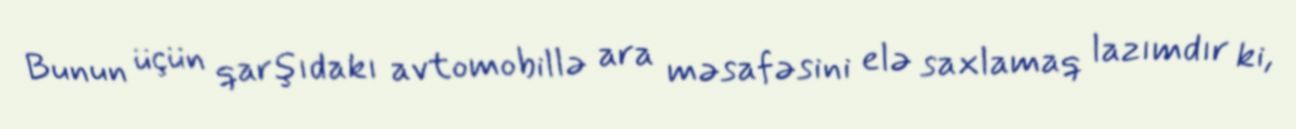
Bunun üçün qarşıdakı avtomobillə ara məsafəsini elə saxlamaq lazımdır ki,